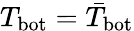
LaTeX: T_{\mathrm{bot}}=\bar{T}_{\mathrm{bot}}